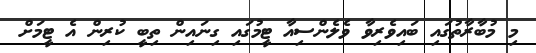
މި މުބާރާތުގައި ބައިވެރިވާ ވެލެންސިއާ ޓީމުގައި ގިނައިން ތިބީ ކުރިން އެ ޓީމަށް